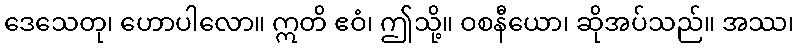
ဒေသေတု၊ ဟောပါလော။ ဣတိ ဧဝံ၊ ဤသို့။ ဝစနီယော၊ ဆိုအပ်သည်။ အဿ၊